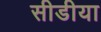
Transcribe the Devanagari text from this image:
सीडीया